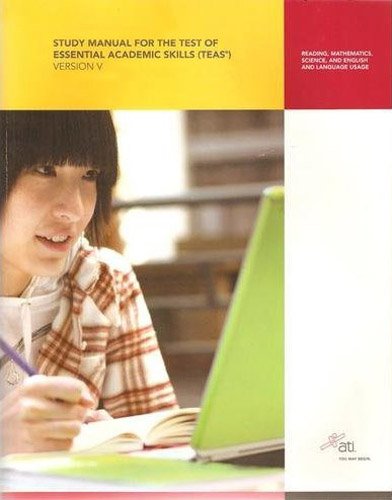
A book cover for TEAS Review Manual, Version 5.0 (ATI, Study Manual for the Test of Essential Academic Skills(TEAS)); Inc. Assessment Technologies; Education & Teaching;